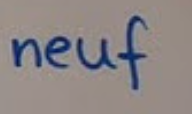
neuf